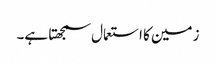
زمین کا استعمال سمجھتا ہے۔